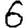
Digit: 6